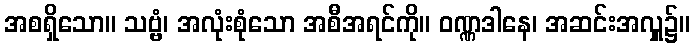
အစရှိသော။ သဗ္ဗံ၊ အလုံးစုံသော အစီအရင်ကို။ ဝဏ္ဏဒါနေ၊ အဆင်းအလှူ၌။